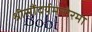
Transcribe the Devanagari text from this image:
श्रीसौंदर्यमनोरमा